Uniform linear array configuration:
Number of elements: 64
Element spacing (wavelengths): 0.5
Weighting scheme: cosine
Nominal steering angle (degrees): -15
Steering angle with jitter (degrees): -15.63
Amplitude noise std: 0.05
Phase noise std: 0.05

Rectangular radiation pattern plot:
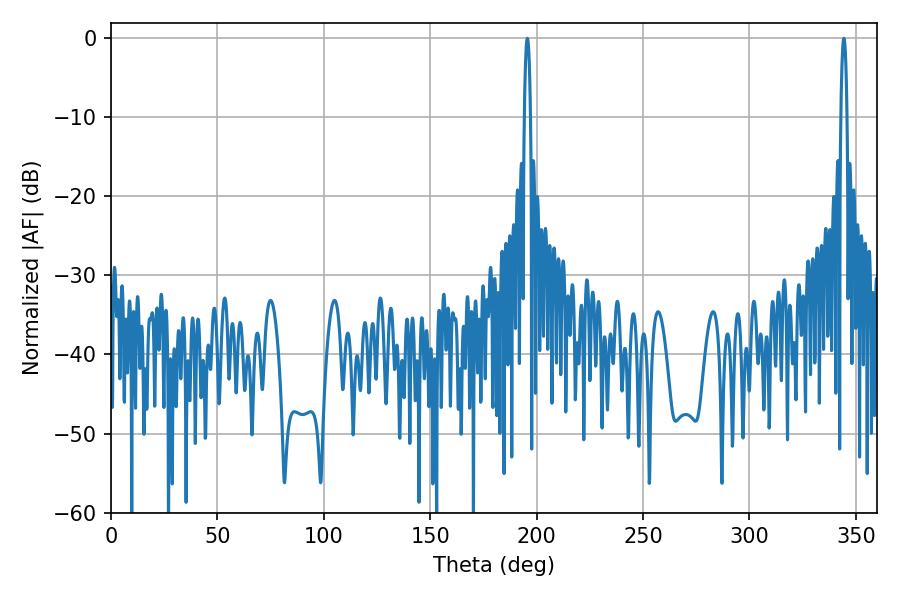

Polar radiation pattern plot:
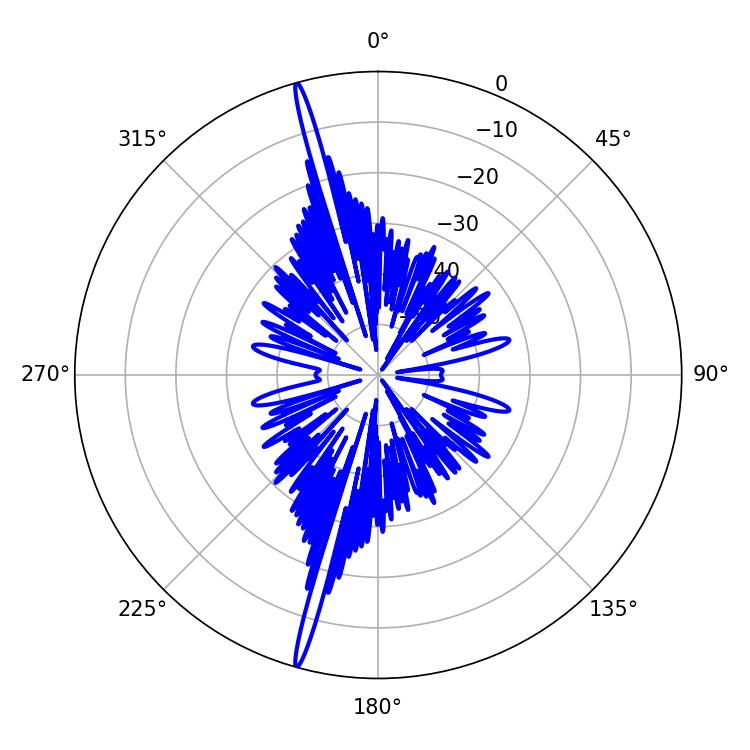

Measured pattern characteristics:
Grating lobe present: FALSE
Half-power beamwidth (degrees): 1.44
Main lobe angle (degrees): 195.66